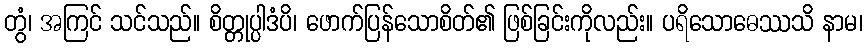
တွံ၊ အကြင် သင်သည်။ စိတ္တုပ္ပါဒံပိ၊ ဖောက်ပြန်သောစိတ်၏ ဖြစ်ခြင်းကိုလည်း။ ပရိသောဓေဿသိ နာမ၊